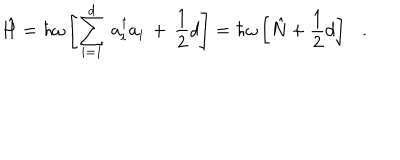
\hat { H } = \hbar \omega \left[ \sum _ { i = 1 } ^ { d } \, a _ { i } ^ { \dagger } a _ { i } \, + \, \frac { 1 } { 2 } d \right] = \hbar \omega \left[ \hat { N } + \frac { 1 } { 2 } d \right] \ \ \ .